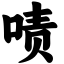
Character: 啧